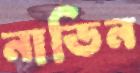
নাডিন